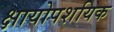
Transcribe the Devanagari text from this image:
क्षायोपशयिक